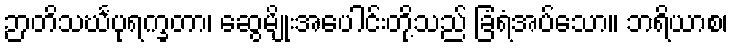
ဉာတိသင်္ဃပုရက္ခတာ၊ ဆွေမျိုးအပေါင်းတို့သည် ခြံရံအပ်သော။ ဘရိယာစ၊